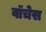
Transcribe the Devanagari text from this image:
वॉचेस